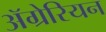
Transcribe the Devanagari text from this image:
ॲग्रेरियन